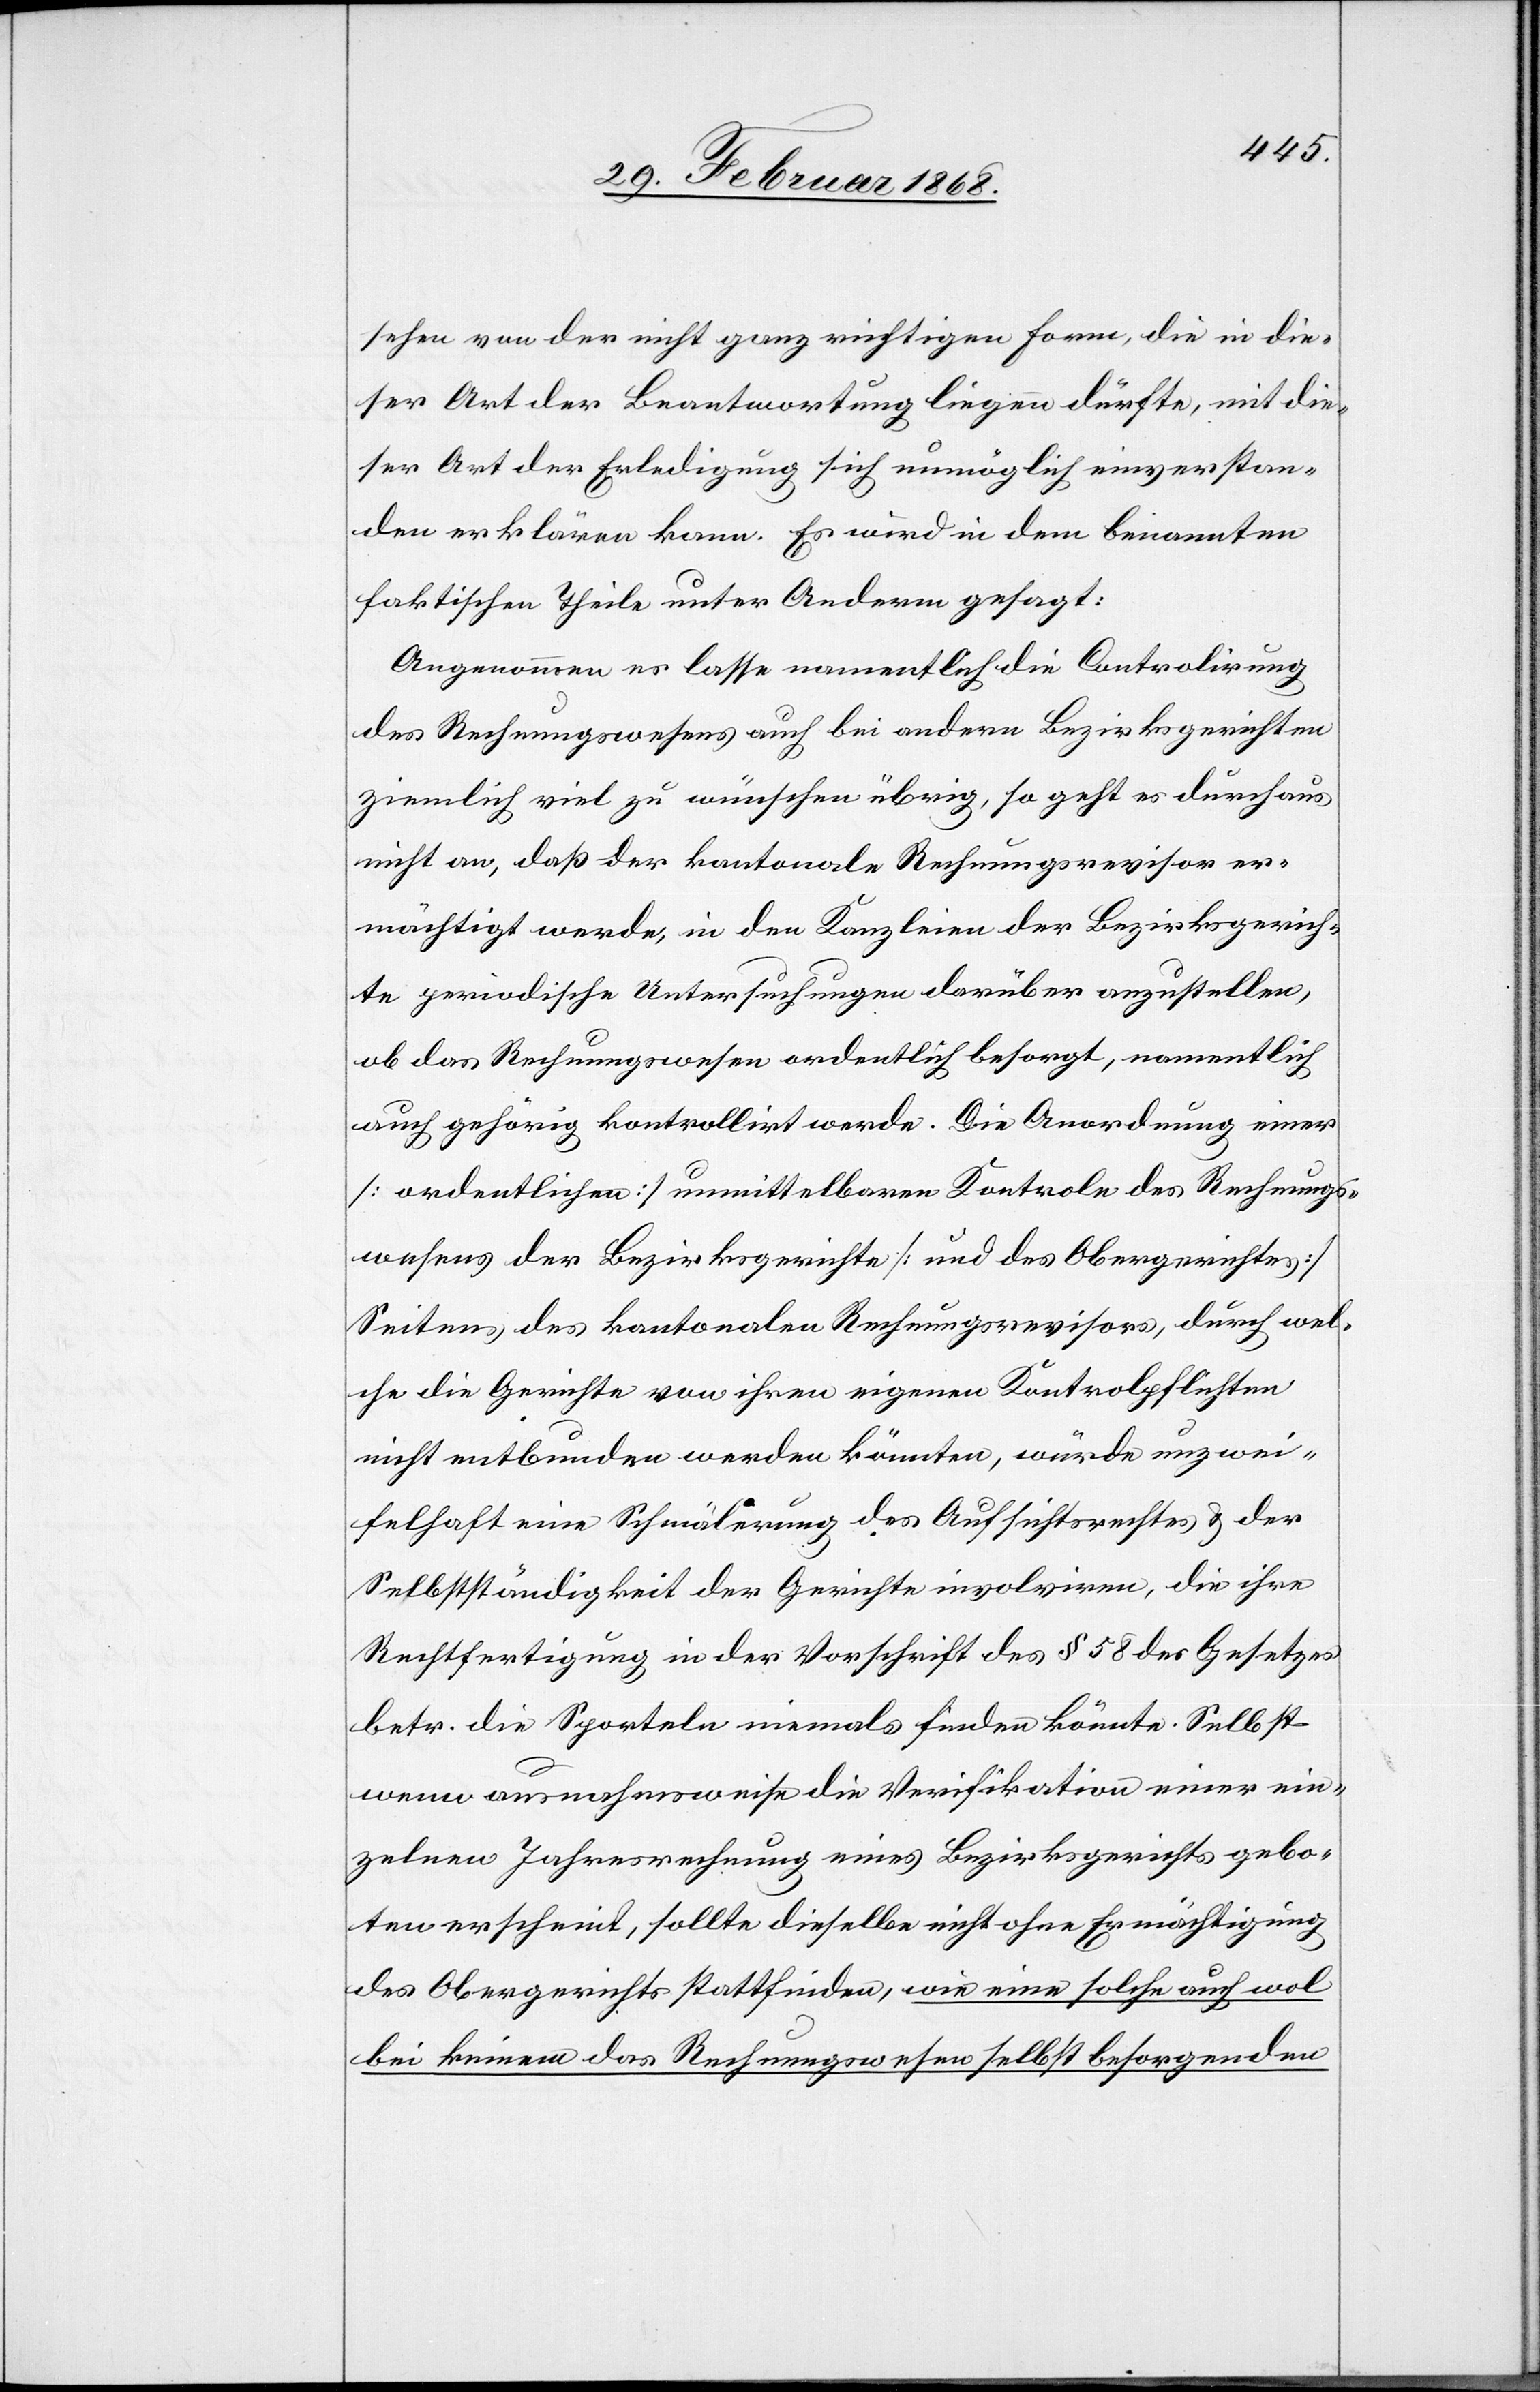
sehen von der nicht ganz richtigen Form, die in die¬
ser Art der Beantwortung liegen dürfte, mit die¬
ser Art der Erledigung sich unmöglich einverstan¬
den erklären kann. Es wird in dem benannten
faktischen Theile unter Anderm gesagt:
Angenommen es lasse namentlich die Controlirung
des Rechnungswesens auch bei andern Bezirksgerichten
ziemlich viel zu wünschen übrig, so geht es durchaus
nicht an, daß der kantonale Rechnungsrevisor er¬
mächtigt werde, in den Kanzleien der Bezirksgerich¬
te periodische Untersuchungen darüber anzustellen,
ob das Rechnungswesen ordentlich besorgt, namentlich
auch gehörig kontrollirt werde. Die Anordnung einer
[ordentlichen] unmittelbaren Kontrole des Rechnungs¬
wesens der Bezirksgerichte [und des Obergerichtes]
Seitens des kantonalen Rechnungsrevisors, durch wel¬
che die Gerichte von ihren eigenen Kontrolpflichten
nicht entbunden werden könnten, würde unzwei¬
felhaft eine Schmälerung des Aufsichtsrechtes & der
Selbstständigkeit der Gerichte involviren, die ihre
Rechtfertigung in der Vorschrift des § 58 des Gesetzes
betr. die Sporteln niemals finden könnte. Selbst
wenn ausnahmsweise die Verifikation einer ein¬
zelnen Jahresrechnung eines Bezirksgerichts gebo¬
ten erscheint, sollte dieselbe nicht ohne Ermächtigung
des Obergerichts stattfinden, wie eine solche auch wol
bei keinem das Rechnungswesen selbst besorgenden